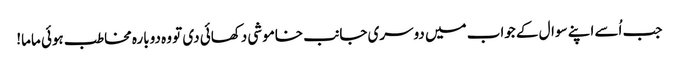
جب اُسے اپنے سوال کے جواب میں دوسری جانب خاموشی دکھائی دی تو وہ دوبارہ مخاطب ہوئی ماما!